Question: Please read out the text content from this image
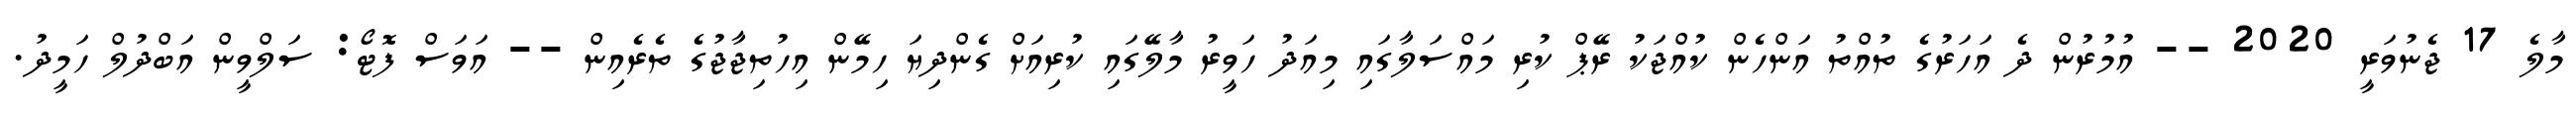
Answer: މާލެ 17 ޖެނުވަރީ 2020 -- އުމުރުން ދެ އަހަރުގެ ތުއްތު އަންހެން ކުއްޖަކު ރޭޕް ކުރި މައްސަލާގައި މިއަދު ހަވީރު މާލޭގައި ކުރިއަށް ގެންދިޔަ ހިމޭން އިހުތިޖާޖުގެ ތެރެއިން -- އަވަސް ފޮޓޯ: ސަލްވީން އަބްދުލް ހަމީދު.